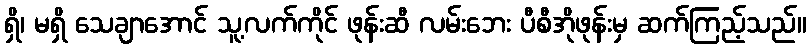
ရှိ၊ မရှိ သေချာအောင် သူ့လက်ကိုင် ဖုန်းဆီ လမ်းဘေး ပီစီအိုဖုန်းမှ ဆက်ကြည့်သည်။